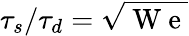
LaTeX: {\tau_{s}}/{\tau_{d}}=\sqrt{\mathrm{~W~e~}}